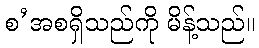
စ’အစရှိသည်ကို မိန့်သည်။